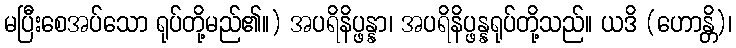
မပြီးစေအပ်သော ရုပ်တို့မည်၏။) အပရိနိပ္ဖန္နာ၊ အပရိနိပ္ဖန္နရုပ်တို့သည်။ ယဒိ (ဟောန္တိ)၊